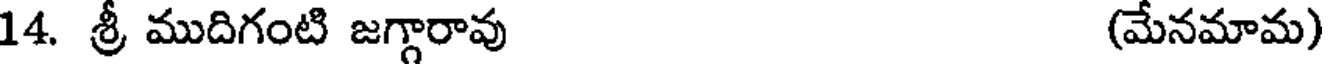
14. శ్రీ ముదిగంటి జగ్గారావు (మేనమామ)